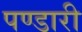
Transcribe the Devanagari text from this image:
पण्डारी